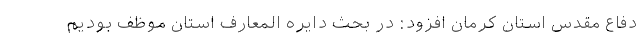
دفاع مقدس استان کرمان افزود: در بحث دایره المعارف استان موظف بودیم